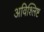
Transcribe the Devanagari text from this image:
अविश्लिष्ट